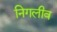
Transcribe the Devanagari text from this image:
निगलीव